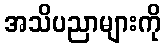
အသိပညာများကို